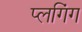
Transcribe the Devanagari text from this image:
प्लगिंग